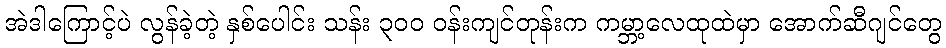
အဲဒါကြောင့်ပဲ လွန်ခဲ့တဲ့ နှစ်ပေါင်း သန်း ၃၀၀ ဝန်းကျင်တုန်းက ကမ္ဘာ့လေထုထဲမှာ အောက်ဆီဂျင်တွေ